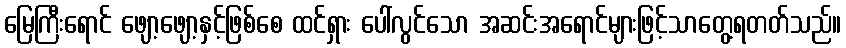
မြေကြီးရောင် ဖျော့ဖျော့နှင့်ဖြစ်စေ ထင်ရှား ပေါ်လွင်သော အဆင်းအရောင်များဖြင့်သာတွေ့ရတတ်သည်။